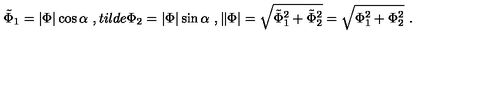
\tilde { \Phi } _ { 1 } = | \Phi | \cos \alpha \ , t i l d e { \Phi } _ { 2 } = | \Phi | \sin \alpha \ , \| \Phi | = \sqrt { \tilde { \Phi } _ { 1 } ^ { 2 } + \tilde { \Phi } _ { 2 } ^ { 2 } } = \sqrt { \Phi _ { 1 } ^ { 2 } + \Phi _ { 2 } ^ { 2 } } \ .